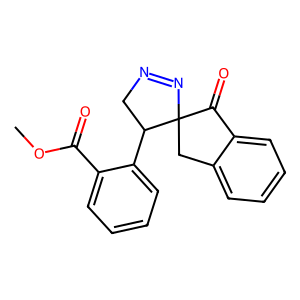
SMILES: COC(=O)c1ccccc1C1CN=NC12Cc1ccccc1C2=O
Inhibits HIV replication: No